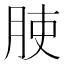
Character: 𱼅